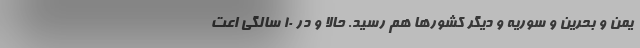
یمن و بحرین و سوریه و دیگر کشورها هم رسید. حالا و در 10 سالگی اعت